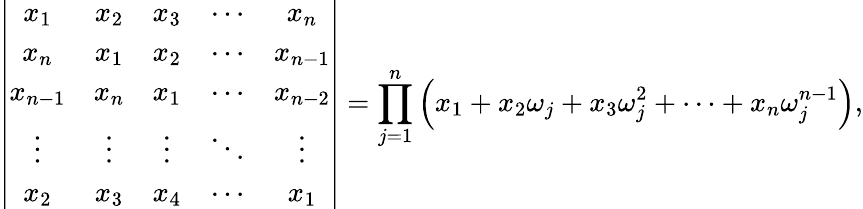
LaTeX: \left|{\begin{array}{ccccc}{x_{1}}&{x_{2}}&{x_{3}}&{\cdots}&{x_{n}}\\ {x_{n}}&{x_{1}}&{x_{2}}&{\cdots}&{x_{n-1}}\\ {x_{n-1}}&{x_{n}}&{x_{1}}&{\cdots}&{x_{n-2}}\\ {\vdots}&{\vdots}&{\vdots}&{\ddots}&{\vdots}\\ {x_{2}}&{x_{3}}&{x_{4}}&{\cdots}&{x_{1}}\end{array}}\right|=\prod_{j=1}^{n}\left(x_{1}+x_{2}\omega_{j}+x_{3}\omega_{j}^{2}+\cdots+x_{n}\omega_{j}^{n-1}\right),